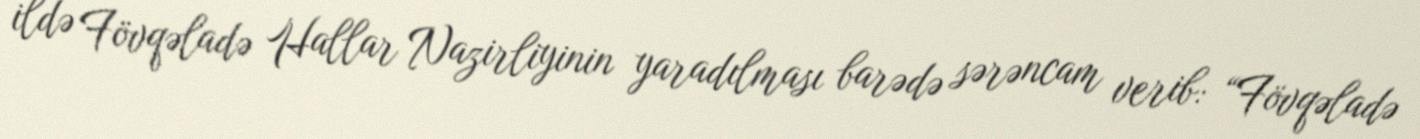
ildə Fövqəladə Hallar Nazirliyinin yaradılması barədə sərəncam verib: “Fövqəladə